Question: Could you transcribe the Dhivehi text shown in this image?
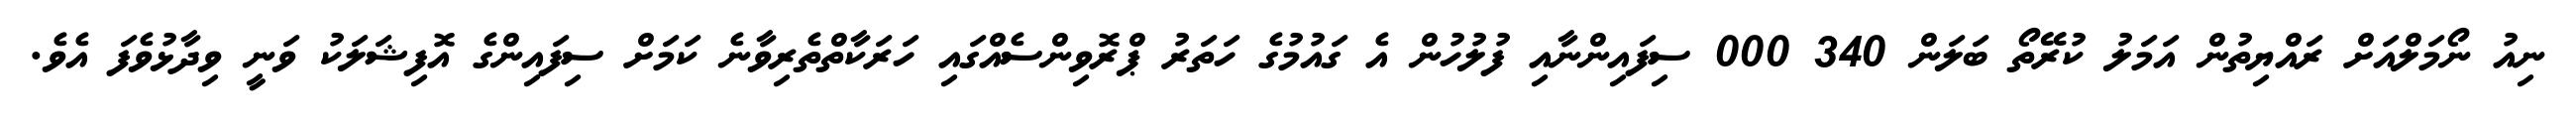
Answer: ނިއު ނޯމަލްއަށް ރައްޔިތުން އަމަލު ކުރޭތޯ ބަލަން 340 000 ސިފައިންނާއި ފުލުހުން އެ ގައުމުގެ ހަތަރު ޕްރޮވިންސެއްގައި ހަރަކާތްތެރިވާނެ ކަމަށް ސިފައިންގެ އޮފިޝަލަކު ވަނީ ވިދާޅުވެފަ އެވެ.